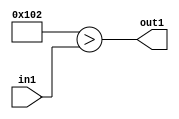
`timescale 1ps / 1ps
/*****************************************************************************
    Verilog RTL Description
    
    
    Created by: Stratus DpOpt 2019.1.01 
*******************************************************************************/

module DC_Filter_Lti258u12_4 (
	in1,
	out1
	); /* architecture "behavioural" */ 
input [11:0] in1;
output  out1;
wire  asc001;

assign asc001 = (17'B00000000100000010>in1);

assign out1 = asc001;
endmodule

/* CADENCE  urn1TA0= : u9/ySgnWtBlWxVPRXgAZ4Og= ** DO NOT EDIT THIS LINE ******/